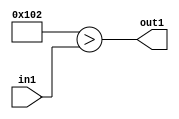
`timescale 1ps / 1ps
/*****************************************************************************
    Verilog RTL Description
    
    
    Created by: Stratus DpOpt 2019.1.01 
*******************************************************************************/

module DC_Filter_Lti258u12_4 (
	in1,
	out1
	); /* architecture "behavioural" */ 
input [11:0] in1;
output  out1;
wire  asc001;

assign asc001 = (17'B00000000100000010>in1);

assign out1 = asc001;
endmodule

/* CADENCE  urn1TA0= : u9/ySgnWtBlWxVPRXgAZ4Og= ** DO NOT EDIT THIS LINE ******/